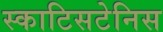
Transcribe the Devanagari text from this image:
स्काटिसटेनिस